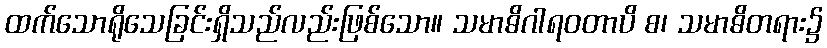
ထက်သောရိုသေခြင်းရှိသည်လည်းဖြစ်သော။ သမာဓိဂါရဝတာပိ စ၊ သမာဓိတရား၌